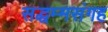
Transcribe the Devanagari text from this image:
सद्धम्मसंगह